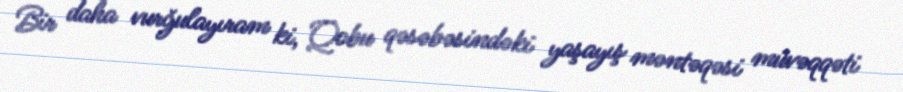
Bir daha vurğulayıram ki, Qobu qəsəbəsindəki yaşayış məntəqəsi müvəqqəti